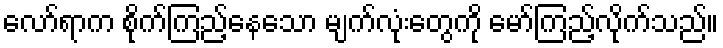
လော်ရာက စိုက်ကြည့်နေသော မျက်လုံးတွေကို မော်ကြည့်လိုက်သည်။